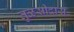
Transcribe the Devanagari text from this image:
तुळसीदास